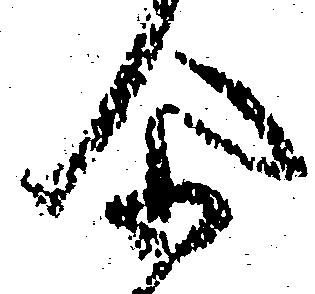
尓